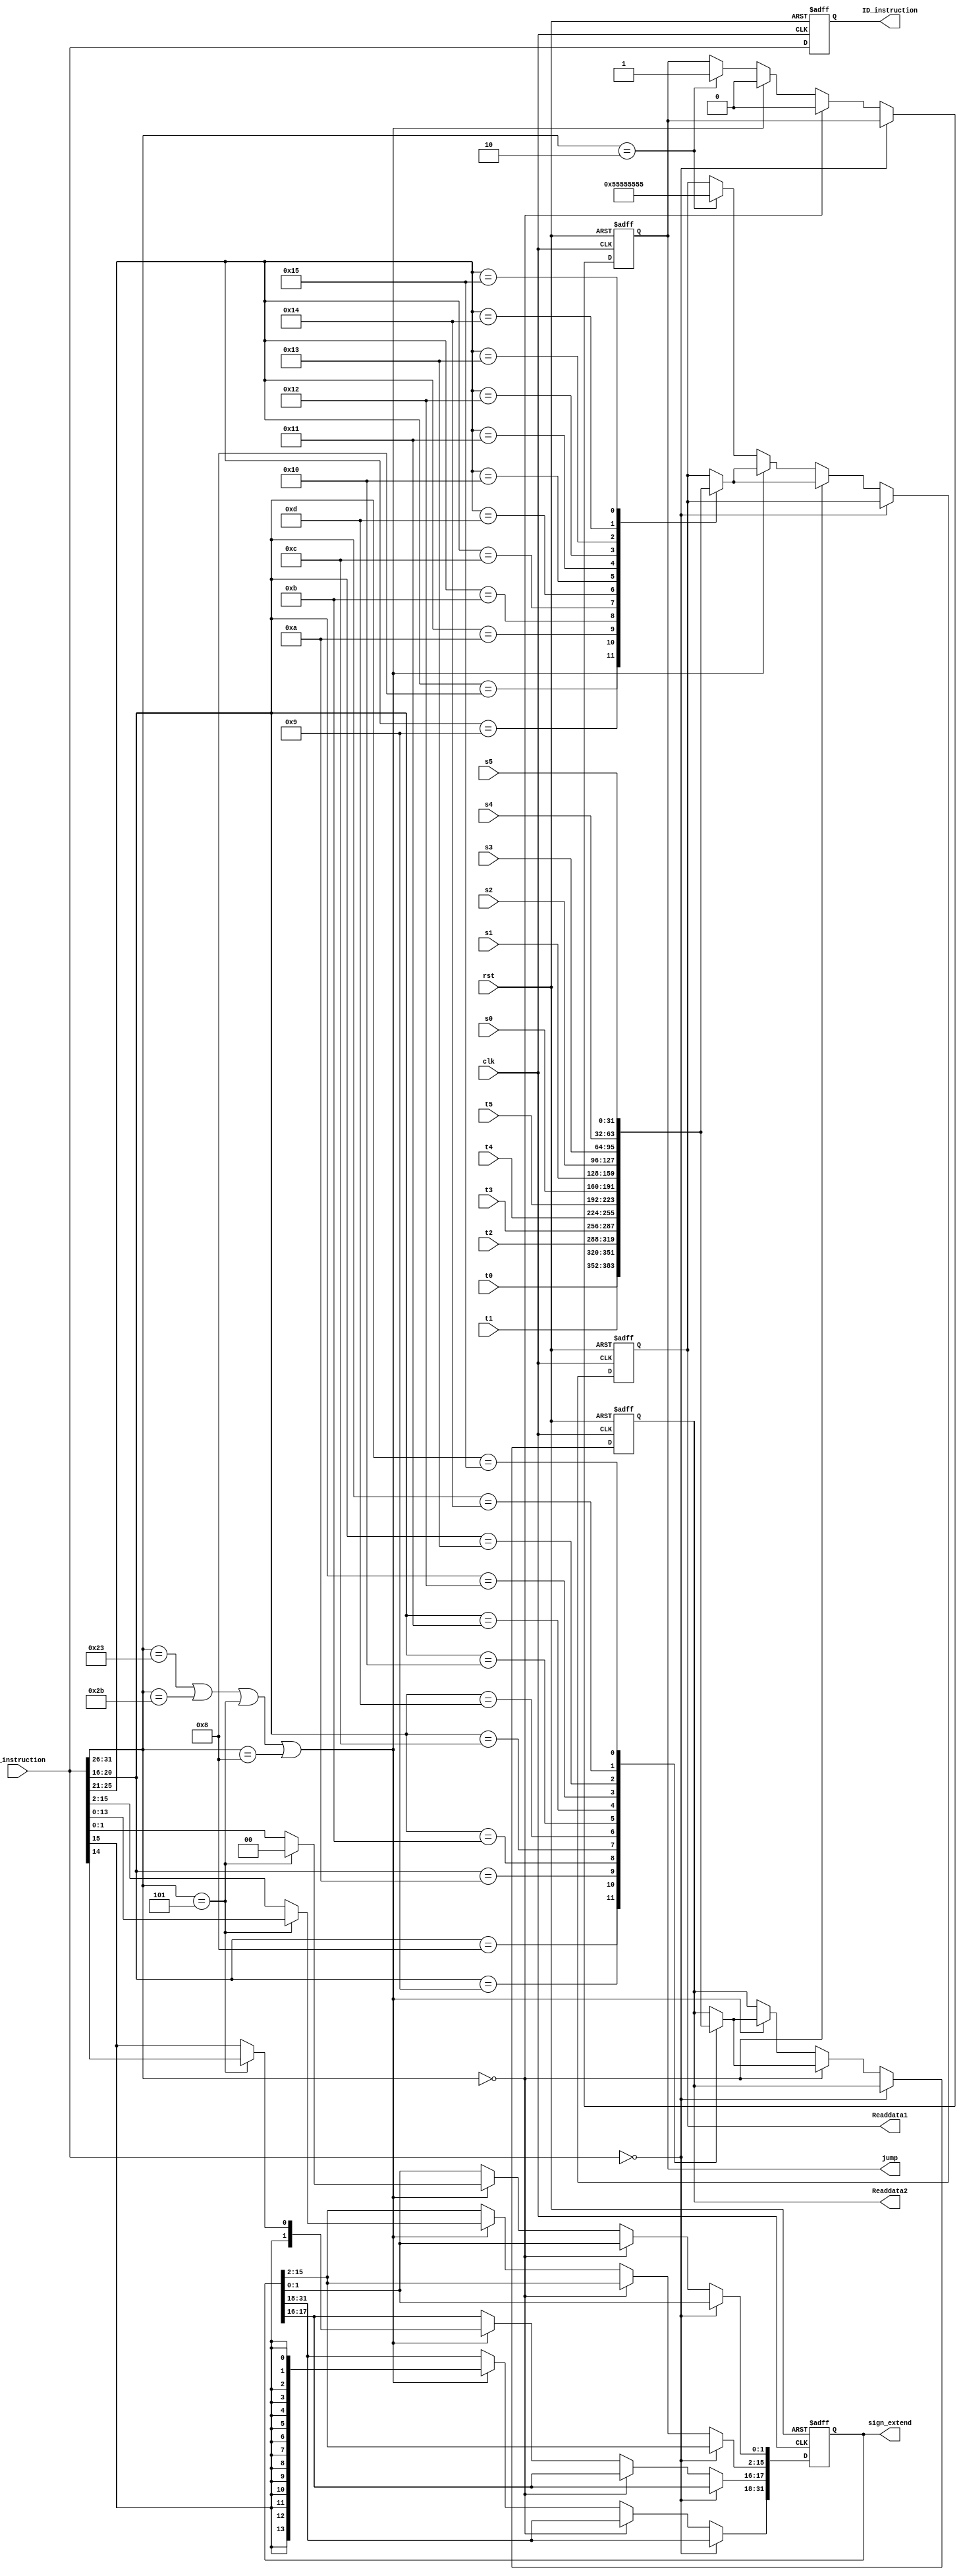
`timescale 1ns / 1ps


module ID(IF_instruction, clk, rst, t0, t1, t2, t3, t4, t5, s0, s1, s2, s3, s4, s5, 
          ID_instruction, Readdata1, Readdata2, sign_extend, jump);


input [31:0]IF_instruction;
input clk, rst;
input signed[31:0]t0, t1, t2, t3, t4, t5;
input signed[31:0]s0, s1, s2, s3, s4, s5;

output [31:0]ID_instruction;
output [31:0]Readdata1, Readdata2;
output [31:0]sign_extend;
output jump;
reg [31:0]ID_instruction;
reg signed[31:0]Readdata1, Readdata2;
reg signed[31:0]sign_extend;
reg jump;

always @(posedge clk or negedge rst)begin
    if (!rst)begin
        ID_instruction <= 0;
        Readdata1 <= 0;
        Readdata2 <= 0;
        sign_extend <= 0;
        jump <= 0;
    end
    else begin
        ID_instruction <= IF_instruction;
        //identifiy instruction code
        if (IF_instruction == 32'b0)begin //NOP
            Readdata1 <= Readdata1;
            Readdata2 <= Readdata2;
        end
        else if (IF_instruction[31:26] == 6'b000000)begin //R_type
            jump <= 0;
            case (IF_instruction[25:21])
                5'd8:begin Readdata1 <= t0;end
                5'd9:begin Readdata1 <= t1;end
                5'd10:begin Readdata1 <= t2;end
                5'd11:begin Readdata1 <= t3;end
                5'd12:begin Readdata1 <= t4;end
                5'd13:begin Readdata1 <= t5;end
                5'd16:begin Readdata1 <= s0;end
                5'd17:begin Readdata1 <= s1;end
                5'd18:begin Readdata1 <= s2;end
                5'd19:begin Readdata1 <= s3;end
                5'd20:begin Readdata1 <= s4;end
                5'd21:begin Readdata1 <= s5;end
            endcase
            case (IF_instruction[20:16])
                5'd8:begin Readdata2 <= t0;end
                5'd9:begin Readdata2 <= t1;end
                5'd10:begin Readdata2 <= t2;end
                5'd11:begin Readdata2 <= t3;end
                5'd12:begin Readdata2 <= t4;end
                5'd13:begin Readdata2 <= t5;end
                5'd16:begin Readdata2 <= s0;end
                5'd17:begin Readdata2 <= s1;end
                5'd18:begin Readdata2 <= s2;end
                5'd19:begin Readdata2 <= s3;end
                5'd20:begin Readdata2 <= s4;end
                5'd21:begin Readdata2 <= s5;end
            endcase
        end
        else if (IF_instruction[31:26] == 6'b100011 || 
                 IF_instruction[31:26] == 6'b101011 ||
                 IF_instruction[31:26] == 6'b000101 ||
                 IF_instruction[31:26] == 6'b001000)begin //I_type
            jump <= 0;
            if (IF_instruction[31:26] == 6'b000101)begin //dealing branch address here
                sign_extend[31:18] <= {14{IF_instruction[15]}}; 
                sign_extend[17:2] <= IF_instruction[15:0];
                sign_extend[1:0] <= 2'b00;
            end
            else begin //other I_type
                sign_extend[31:16] <= {16{IF_instruction[15]}};
                sign_extend[15:0] <= IF_instruction[15:0];
            end
            
            case (IF_instruction[25:21])
                5'd8:begin Readdata1 <= t0;end
                5'd9:begin Readdata1 <= t1;end
                5'd10:begin Readdata1 <= t2;end
                5'd11:begin Readdata1 <= t3;end
                5'd12:begin Readdata1 <= t4;end
                5'd13:begin Readdata1 <= t5;end
                5'd16:begin Readdata1 <= s0;end
                5'd17:begin Readdata1 <= s1;end
                5'd18:begin Readdata1 <= s2;end
                5'd19:begin Readdata1 <= s3;end
                5'd20:begin Readdata1 <= s4;end
                5'd21:begin Readdata1 <= s5;end
            endcase
            case (IF_instruction[20:16])
                5'd8:begin Readdata2 <= t0;end
                5'd9:begin Readdata2 <= t1;end
                5'd10:begin Readdata2 <= t2;end
                5'd11:begin Readdata2 <= t3;end
                5'd12:begin Readdata2 <= t4;end
                5'd13:begin Readdata2 <= t5;end
                5'd16:begin Readdata2 <= s0;end
                5'd17:begin Readdata2 <= s1;end
                5'd18:begin Readdata2 <= s2;end
                5'd19:begin Readdata2 <= s3;end
                5'd20:begin Readdata2 <= s4;end
                5'd21:begin Readdata2 <= s5;end
            endcase
        end
        else if (IF_instruction[31:26] == 6'b000010)begin //junp
            jump <= 1'b1;
            Readdata1 <= {16{2'b01}}; //debug
            Readdata1 <= {16{2'b01}};
        end    
    end
end



endmodule